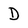
Character: D